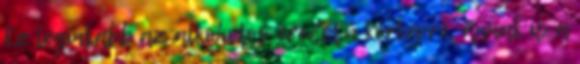
Ez leginkább az alkoholos eredetű kórképre, annak is a